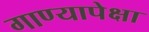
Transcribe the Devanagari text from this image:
गाण्यापेक्षा